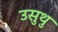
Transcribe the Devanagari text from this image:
उसुथु